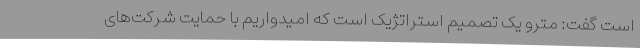
است گفت: مترو یک تصمیم استراتژیک است که امیدواریم با حمایت شرکت‌های